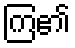
ကြ၏